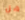
هل